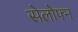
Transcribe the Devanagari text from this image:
सेलोफ्न